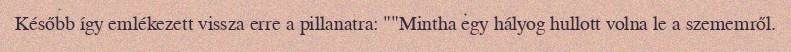
Később így emlékezett vissza erre a pillanatra: ""Mintha egy hályog hullott volna le a szememről.